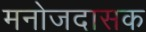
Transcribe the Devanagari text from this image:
मनोजदासक